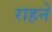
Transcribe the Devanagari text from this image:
राहने